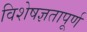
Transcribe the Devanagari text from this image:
विशेषज्ञतापूर्ण